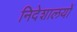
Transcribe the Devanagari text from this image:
निदेशालयों